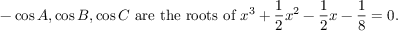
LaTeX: - \cos A , \cos B , \cos C { \mathrm { ~ a r e ~ t h e ~ r o o t s ~ o f ~ } } x ^ { 3 } + { \frac { 1 } { 2 } } x ^ { 2 } - { \frac { 1 } { 2 } } x - { \frac { 1 } { 8 } } = 0 .